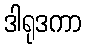
ဒါရုဒကာ